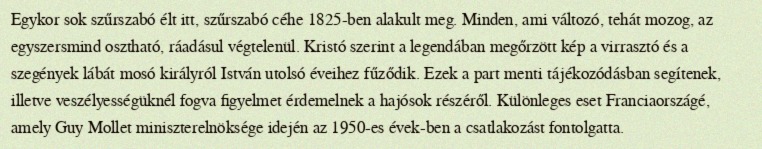
Egykor sok szűrszabó élt itt, szűrszabó céhe 1825-ben alakult meg. Minden, ami változó, tehát mozog, az egyszersmind osztható, ráadásul végtelenül. Kristó szerint a legendában megőrzött kép a virrasztó és a szegények lábát mosó királyról István utolsó éveihez fűződik. Ezek a part menti tájékozódásban segítenek, illetve veszélyességüknél fogva figyelmet érdemelnek a hajósok részéről. Különleges eset Franciaországé, amely Guy Mollet miniszterelnöksége idején az 1950-es évek-ben a csatlakozást fontolgatta.